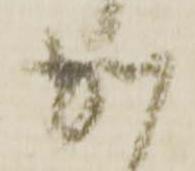
か